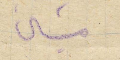
ميشال